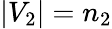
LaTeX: |V_{2}|=n_{2}